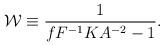
LaTeX: \begin{align*}{\cal W} \equiv { 1 \over { f F^{-1} K A^{-2} - 1 } }.\end{align*}